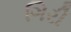
ગિરી